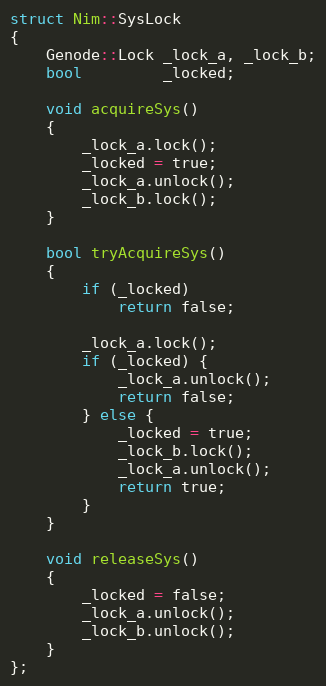
Language: C
struct Nim::SysLock
{
	Genode::Lock _lock_a, _lock_b;
	bool         _locked;

	void acquireSys()
	{
		_lock_a.lock();
		_locked = true;
		_lock_a.unlock();
		_lock_b.lock();
	}

	bool tryAcquireSys()
	{
		if (_locked)
			return false;

		_lock_a.lock();
		if (_locked) {
			_lock_a.unlock();
			return false;
		} else {
			_locked = true;
			_lock_b.lock();
			_lock_a.unlock();
			return true;
		}
	}

	void releaseSys()
	{
		_locked = false;
		_lock_a.unlock();
		_lock_b.unlock();
	}
};